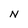
Character: N